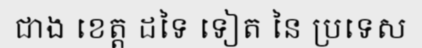
ជាង ខេត្ត ដទៃ ទៀត នៃ ប្រទេស